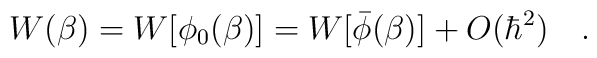
W(\beta)=W[\phi_0(\beta)]=W[\bar{\phi}(\beta)]+ O(\hbar^2)~~~.